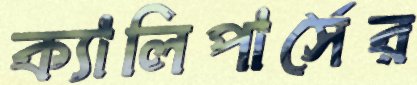
ক্যালিপার্সের